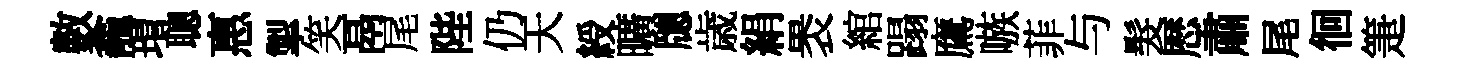
數龕瑁聰惠掣笑鬲尾陛仍天綬曠牕歳絹褁綰蹋鷹嗾菲与髮厯肅尾徊箑